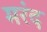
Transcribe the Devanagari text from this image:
मरंद